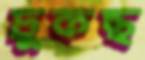
ঢুকছ